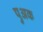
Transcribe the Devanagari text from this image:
पुअक